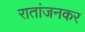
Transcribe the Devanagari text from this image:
रातांजनकर